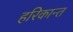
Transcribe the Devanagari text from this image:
हरिकान्त